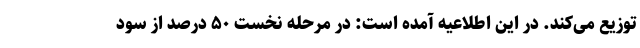
توزیع می‌کند. در این اطلاعیه آمده است: در مرحله نخست ۵۰ درصد از سود